Vaccination in Bombay 1913-1923 - 1913-1923
Year: 1913
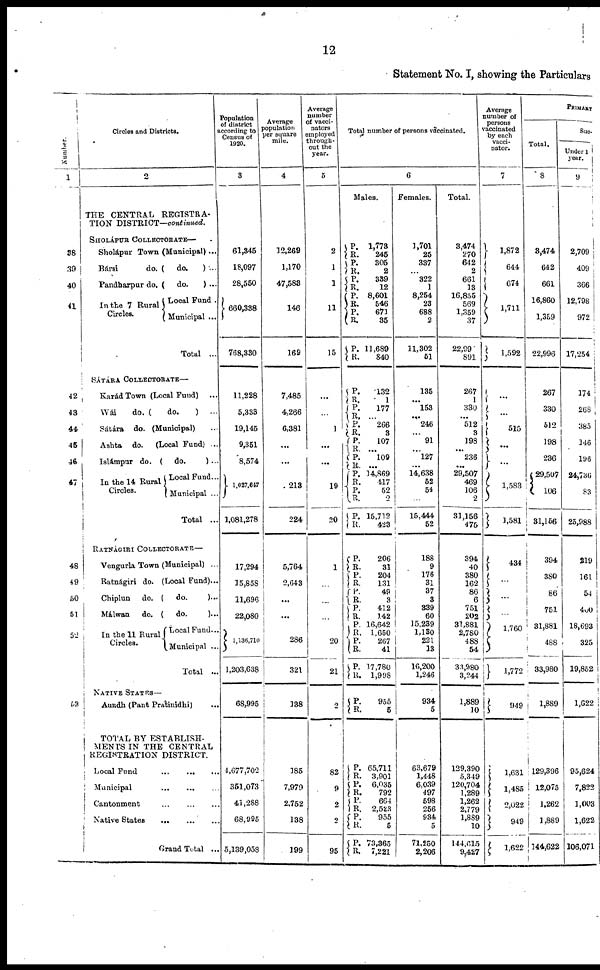
12
Statement No. I, showing the Particulars
Number.
1
38
39
40
41
42
43
44
45
46
47
48
49
50
51
52
53
Circles and Districts.
2
THE CENTRAL REGISTRA-
TION DISTRICT—continued.
SHOLÁPUR COLLECTORATE—
Sholápur Town (Municipal)...
Bársi
do. ( do.
) ...
Pandharpur do. ( do.
) ...
In the 7 Rural
Circles.
Local Fund .
Municipal ...
Total ...
SÁTÁRA COLLECTORATE—
Karád Town (Local Fund) ...
Wái
do. (
do.
) ...
Sátára do. (Municipal) ...
Ashta do.
(Local Fund) ...
Islámpur do. ( do.
) ...
In the 14 Rural
Circles.
Local Fund...
Municipal ...
Total ...
RATNÁGIRI COLLECTORATE—
Vengurla Town (Municipal) ...
Ratnágiri do. (Local Fund)...
Chiplun
do. ( do.
)...
Málwan do. ( do.
)...
In the11 Rural
Circles.
Local Fund...
Municipal ...
Total ..
NATIVE STATES—
Aundh
(Pant Pratinidhi) ...
TOTAL BY ESTABLISH¬
MENTS IN THE CENTRAL
REGISTRATION DISTRICT.
Local Fund
...
...
...
Municipal
...
... ...
Cantonment
...
...
...
Native States
...
... ...
Grand Total ...
Population
of district
according to
Census of
1920.
3
61,345
18,097
28,550
660,338
768,330
11,228
5,333
19,145
9,351
8,574
1,027,647
1,081,278
17,294
15,858
11,696
22,080
1,136,710
1,203,638
68,995
4,677,702
351,073
41,288
68,995
5,139,058
Average
population
per square
mile.
4
12,269
1,170
47,583
146
169
7,485
4,266
6,381
...
...
213
224
5,764
2,643
...
...
286
321
138
185
7,979
2,752
138
199
Average
number
of vacci¬
nators
employed
through-
out the
year.
5
2
1
1
11
15
...
...
1
...
...
19
20
1
...
...
...
20
21
2
82
9
2
2
95
Total number of persons vaccinated.
6
Males.
P.
R. P.
R.
P.
R.
P.
R.
P.
R.
P.
R.
1,773
245
305
2
339
12
8,601
546
671
35
11,689
840
P.
R.
P.
R.
P. R.
P.
R. P.
R.
P.
R.
P.
R.
P.
R.
132
1
177
...
266
3
107
...
109
...
14,869
417
52
2
15,712
423
P.
R.
P.
R.
P.
R. P.
R. P.
R.
P.
R.
P.
R.
206
31
204
131
49
3
412
142
16,642
1,650
267
41
17,780
1,998
P. R.
955
5
P.
R.
P.
R.
P.
R.
P.
R.
P.
R.
65,711
3,901
6,035
792
664
2,523
955
5
73,365
7,221
Females.
1,701
25
337
...
322
1
8,254
23
688
2
11,302
51
135
...
153
...
246
...
91
...
127
...
14,638
52
54
...
15,444
52
188
9
176
31
37
3
339
60
15,239
1,130
221
13
16,200
1,246
934
5
63,679
1,448
6,039
497
598
256
934
5
71,250
2,206
Total.
3,474
270
642
2
661
13
16,855
569
1,359
37
22,99
891
267
1
330
...
512
3
198
...
236
...
29,507
469
106
2
31,156
476
394
40
380
162
86
6
751
202
31,881
2,780
488
54
33,980
3,244
1,889
10
129,390
5,349
120,704
1,289
1,262
2,779
1,889
10
144,615
9,427
Average
number of
persons
vaccinated
by each
vacci¬
nator.
7
1,872
644
674
1,711
1,592
...
...
515
...
...
1,583
1,581
434
...
...
...
1,760
1,772
949
1,631
1,485
2,022
949
1,622
PRIMARY
Total.
8
3,474
642
661
16,860
1,359
22,996
267
330
512
198
236
29,507
106
31,156
394
380
86
751
31,881
488
33,980
1,889
129,396
12,075
1,262
1,889
144,622
Suc¬
Under 1
year.
9
2,709
409
366
12,798
972
17,254
174
268
385
146
196
24,736
83
25,988
219
161
54
400
18,693
325
19,852
1,622
95,624
7,822
1,003
1,622
106,071